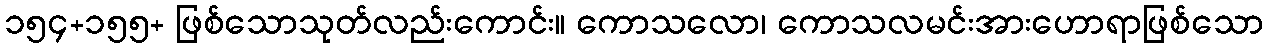
၁၅၄+၁၅၅+ ဖြစ်သောသုတ်လည်းကောင်း။ ကောသလော၊ ကောသလမင်းအားဟောရာဖြစ်သော